Report on vaccination North-West Frontier Province 1904-1922 - 1904-1922
Year: 1904
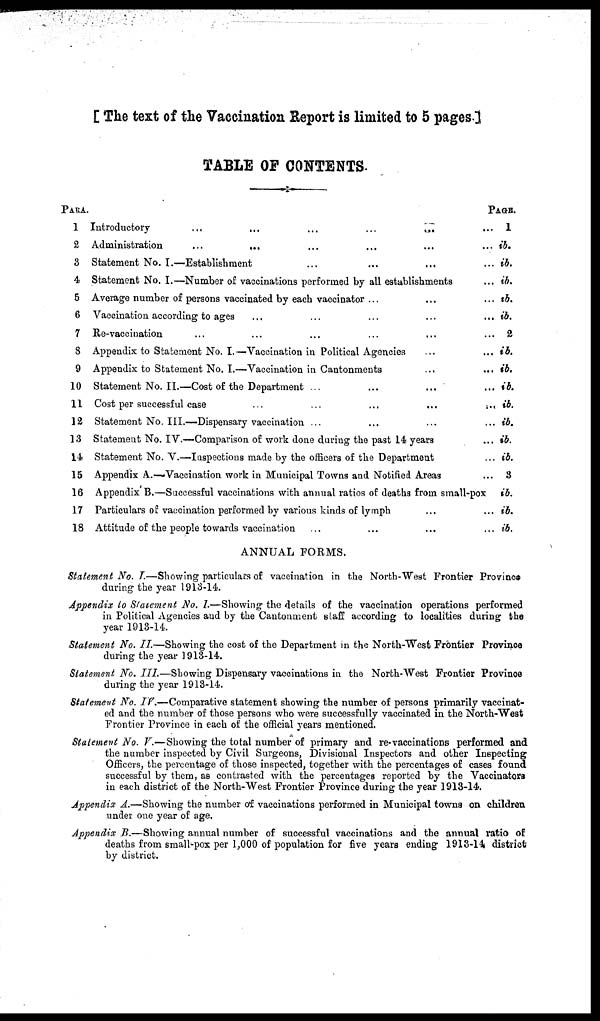
[ The text of the Vaccination Report is limited to 5 pages.]
TABLE OF CONTENTS
PARA.
1
2
3
4
5
6
7
8
9
10
11
12
13
14
15
16
17
18
Introductory
...
...
...
...
... ...
Administration
...
... ... ... ... ...
Statement No. I.—Establishment ... ... ... ...
Statement No. I.—Number of vaccinations performed by all establishments ...
Average number of persons vaccinated by each vaccinator ... ... ...
Vaccination according to ages ... ... ... ... ...
Re-vaccination ... ... ... ... ... ... ...
Appendix to Statement No. I.—Vaccination in Political Agencies ... ...
Appendix to Statement No. I.—Vaccination in Cantonments ... ...
Statement No.II.—Cost of the Department ... ... ... ...
Cost per successful case
...
...
...
...
...
Statement No. III.—Dispensary vaccination ... ... ... ...
Statement No. IV.—Comparison of work done during the past 14 years ...
Statement No. V.—Inspections made by the officers of the Department ...
Appendix A.—Vaccination work in Municipal Towns and Notified Areas ...
Appendix B.—Successful vaccinations with annual ratios of deaths from small-pox
Particulars of vaccination performed by various kinds of lymph ... ...
Attitude of the people towards vaccination ... ... ... ...
PAGE.
1
ib.
ib.
ib.
tb.
ib.
2
ib.
ib.
ib.
ib.
ib.
ib.
ib.
3
ib.
ib.
ib.
ANNUAL FORMS.
Statement No. I.—Showing particulars of vaccination in the North-West Frontier Province
during the year 1913-14.
Appendix to Statement No. I.—Showing the details of the vaccination operations performed
in Political Agencies and by the Cantonment staff according to localities during the
year 1913-14.
Statement No. II.—Showing the cost of the Department in the North-West Frontier Province
during the year 1913-14.
Statement No. III.—Showing Dispensary vaccinations in the North-West Frontier Province
during the year 1913-14.
Statement No. IV.—Comparative statement showing the number of persons primarily vaccinat-
ed and the number of those persons who were successfully vaccinated in the North-West
Frontier Province in each of the official years mentioned.
Statement No. V.—Showing the total number of primary and re-vaccinations performed and
the number inspected by Civil Surgeons, Divisional Inspectors and other Inspecting
Officers, the percentage of those inspected, together with the percentages of cases found
successful by them, as contrasted with the percentages reported by the Vaccinators
in each district of the North-West Frontier Province during the year 1913-14.
Appendix A.—Showing the number of vaccinations performed in Municipal towns on children
under one year of age.
Appendix B.—Showing annual number of successful vaccinations and the annual ratio of
deaths from small-pox per 1,000 of population for five years ending 1913-14 district
by district.